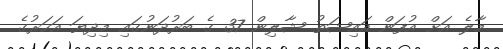
މާލެ އަށް އުފަން އައިޝަތު ޝާލިން 37 ގެ ބަރުދަނުގައި މިދިޔަ އަހަރުގެ